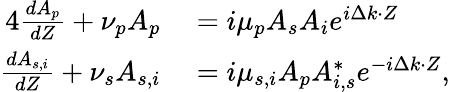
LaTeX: \begin{array}{rl}{{4}\frac{dA_{p}}{dZ}+\nu_{p}A_{p}}&{{}=i\mu_{p}A_{s}A_{i}e^{i\Delta k\cdot Z}}\\ {\frac{dA_{s,i}}{dZ}+\nu_{s}A_{s,i}}&{{}=i\mu_{s,i}A_{p}A_{i,s}^{*}e^{-i\Delta k\cdot Z},}\end{array}